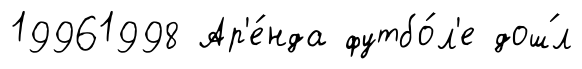
19961998 Ар'е́нда футбо́л'е дош́л